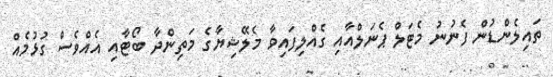
ތައިލެންޑުން ފެނުނު މެޓަލް ޕެނަލްއާއި ގެއްލިފައިވާ މެލޭޝިޔާގެ މަތިންދާ ބޯޓާއި އެއްވެސް ގުޅުމެއް